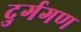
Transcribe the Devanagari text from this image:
दुर्गगण